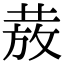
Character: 𭣺